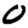
Digit: 0